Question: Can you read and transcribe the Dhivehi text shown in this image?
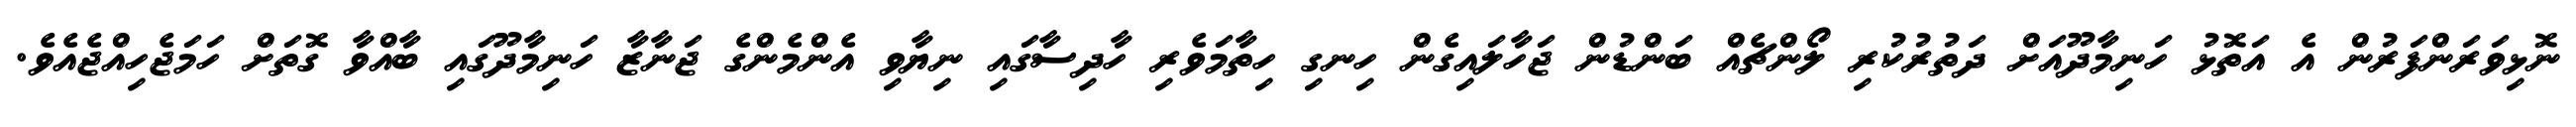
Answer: ނޮޅިވަރަންފަރުން އެ އަތޮޅު ހަނިމާދޫއަށް ދަތުރުކުރި ލޯންޗެއް ބަންޑުން ޖަހާލައިގެން ހިނގި ހިތާމަވެރި ހާދިސާގައި ނިޔާވި އެންމެންގެ ޖަނާޒާ ހަނިމާދޫގައި ބާއްވާ ގޮތަށް ހަމަޖެހިއްޖެއެވެ.